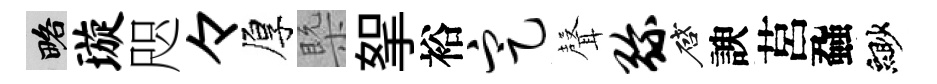
略璇咫々厚槩挐裕定𮋻弥啓諛莒蝨緲